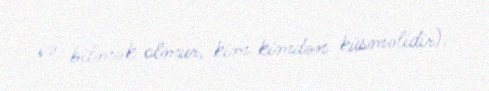
və bilmək olmur, kim kimdən küsməlidir).